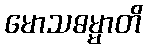
မောသဓမ္မာတိ